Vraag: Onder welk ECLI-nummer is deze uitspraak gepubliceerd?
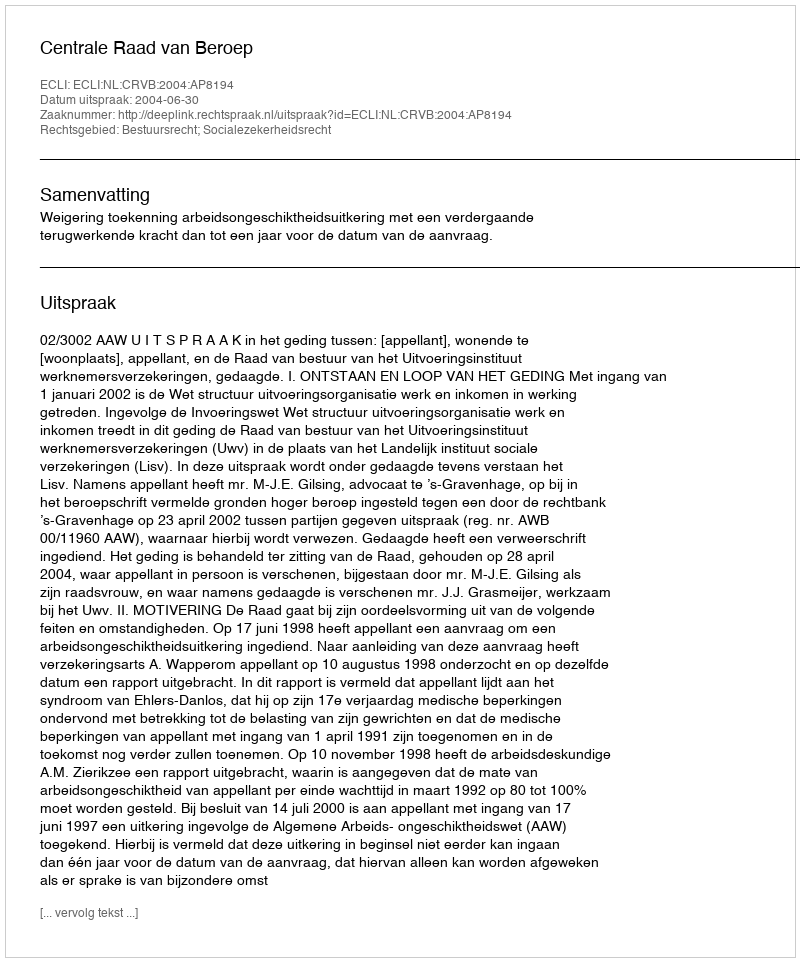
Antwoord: ECLI:NL:CRVB:2004:AP8194